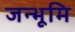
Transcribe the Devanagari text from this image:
जन्भूमि